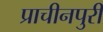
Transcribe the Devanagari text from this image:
प्राचीनपुरी